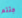
جئتم